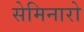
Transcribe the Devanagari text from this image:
सेमिनारो